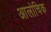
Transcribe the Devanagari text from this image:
आलोचिक